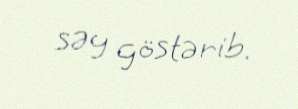
səy göstərib.